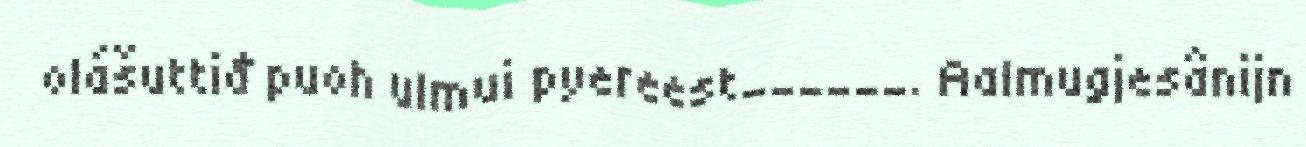
olášuttiđ puoh ulmui pyereest______. Aalmugjesânijn